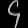
Digit: ၄